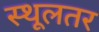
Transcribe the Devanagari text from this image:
स्थूलतर